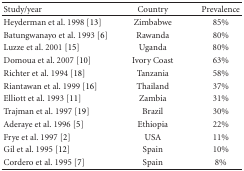
| Study/year | Country | Prevalence |
 | --- | --- | --- |
 | Heyderman et al. 1998 [13] | Zimbabwe | 85% |
 | Batungwanayo et al. 1993 [6] | Rawanda | 80% |
 | Luzze et al. 2001 [15] | Uganda | 80% |
 | Domoua et al. 2007 [10] | Ivory Coast | 63% |
 | Richter et al. 1994 [18] | Tanzania | 58% |
 | Riantawan et al. 1999 [16] | Thailand | 37% |
 | Elliott et al. 1993 [11] | Zambia | 31% |
 | Trajman et al. 1997 [19] | Brazil | 30% |
 | Aderaye et al. 1996 [5] | Ethiopia | 22% |
 | Frye et al. 1997 [2] | USA | 11% |
 | Gil et al. 1995 [12] | Spain | 10% |
 | Cordero et al. 1995 [7] | Spain | 8% |